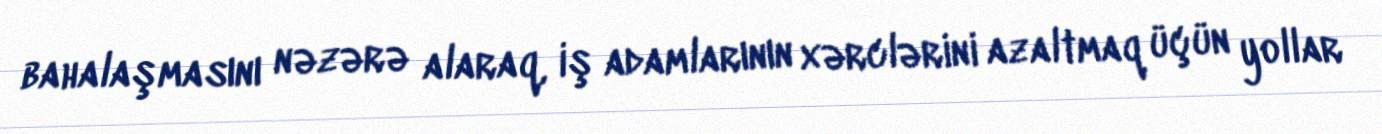
bahalaşmasını nəzərə alaraq, iş adamlarının xərclərini azaltmaq üçün yollar